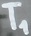
Text: T1